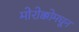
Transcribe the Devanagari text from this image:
मोरोक्कोमधून